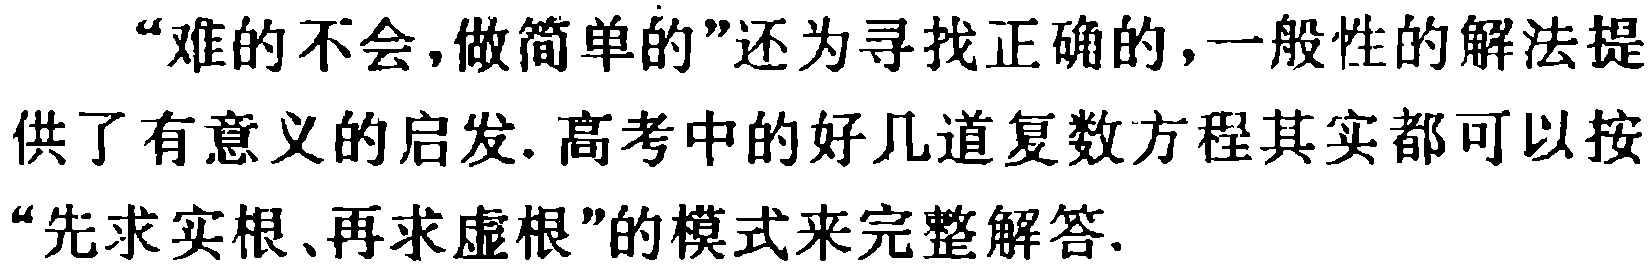
“难的不会,做简单的”还为寻找正确的,一般性的解法提供了有意义的启发. 高考中的好几道复数方程其实都可以按“先求实根、再求虚根”的模式来完整解答.